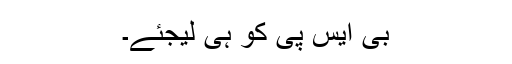
بی ایس پی کو ہی لیجئے۔